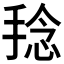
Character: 𱠑